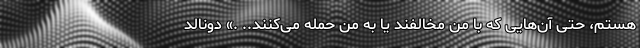
هستم، حتی آن‌هایی که با من مخالفند یا به من حمله می‌کنند.. .» دونالد